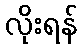
လိုးရန်